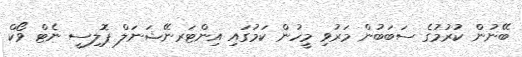
ބޭނުން ކުރުމުގެ ސަބަބުން މަރުވި މީހުން ކަމުގައި އިންޓަރނޭޝަނަލް ޕޮލިސީ ނެޓް ވޯކް